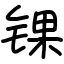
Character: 锞